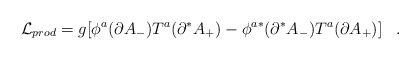
\begin{align*} {\cal L}_{prod} = g[ \phi^a (\partial A_-)T^a(\partial^* A_+) - \phi^{a *}(\partial^* A_-)T^a (\partial A_+) ] \;\;\;.\end{align*}